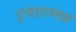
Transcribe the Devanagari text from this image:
इच्छात्मक